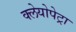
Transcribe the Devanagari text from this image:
क्लेयोपेट्रा